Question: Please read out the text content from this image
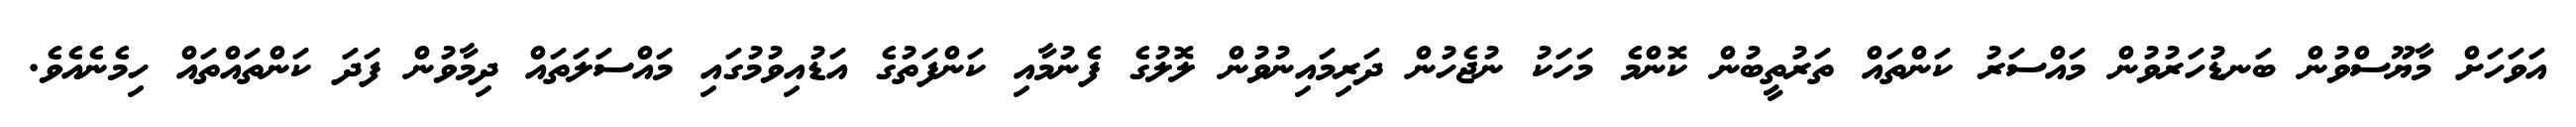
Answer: އަވަހަށް މާޔޫސްވުން ބަނޑުހަރުވުން މައްސަރު ކަންތައް ތަރުތީބުން ކޮންމެ މަހަކު ނުޖެހުން ދަރިމައިނުވުން ލޮލުގެ ފެނުމާއި ކަންފަތުގެ އަޑުއިވުމުގައި މައްސަލަތައް ދިމާވުން ފަދަ ކަންތައްތައް ހިމެނެއެވެ.